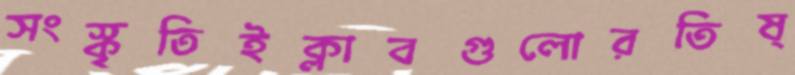
সংস্কৃতিইক্লাবগুলোরতিষ্